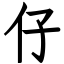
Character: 仔